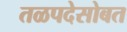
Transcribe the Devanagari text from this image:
तळपदेसोबत